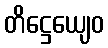
တိဋ္ဌေယျေဝ